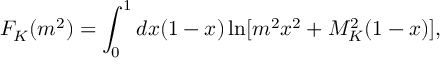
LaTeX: F _ { K } ( m ^ { 2 } ) = \int _ { 0 } ^ { 1 } d x ( 1 - x ) \ln [ m ^ { 2 } x ^ { 2 } + M _ { K } ^ { 2 } ( 1 - x ) ] ,